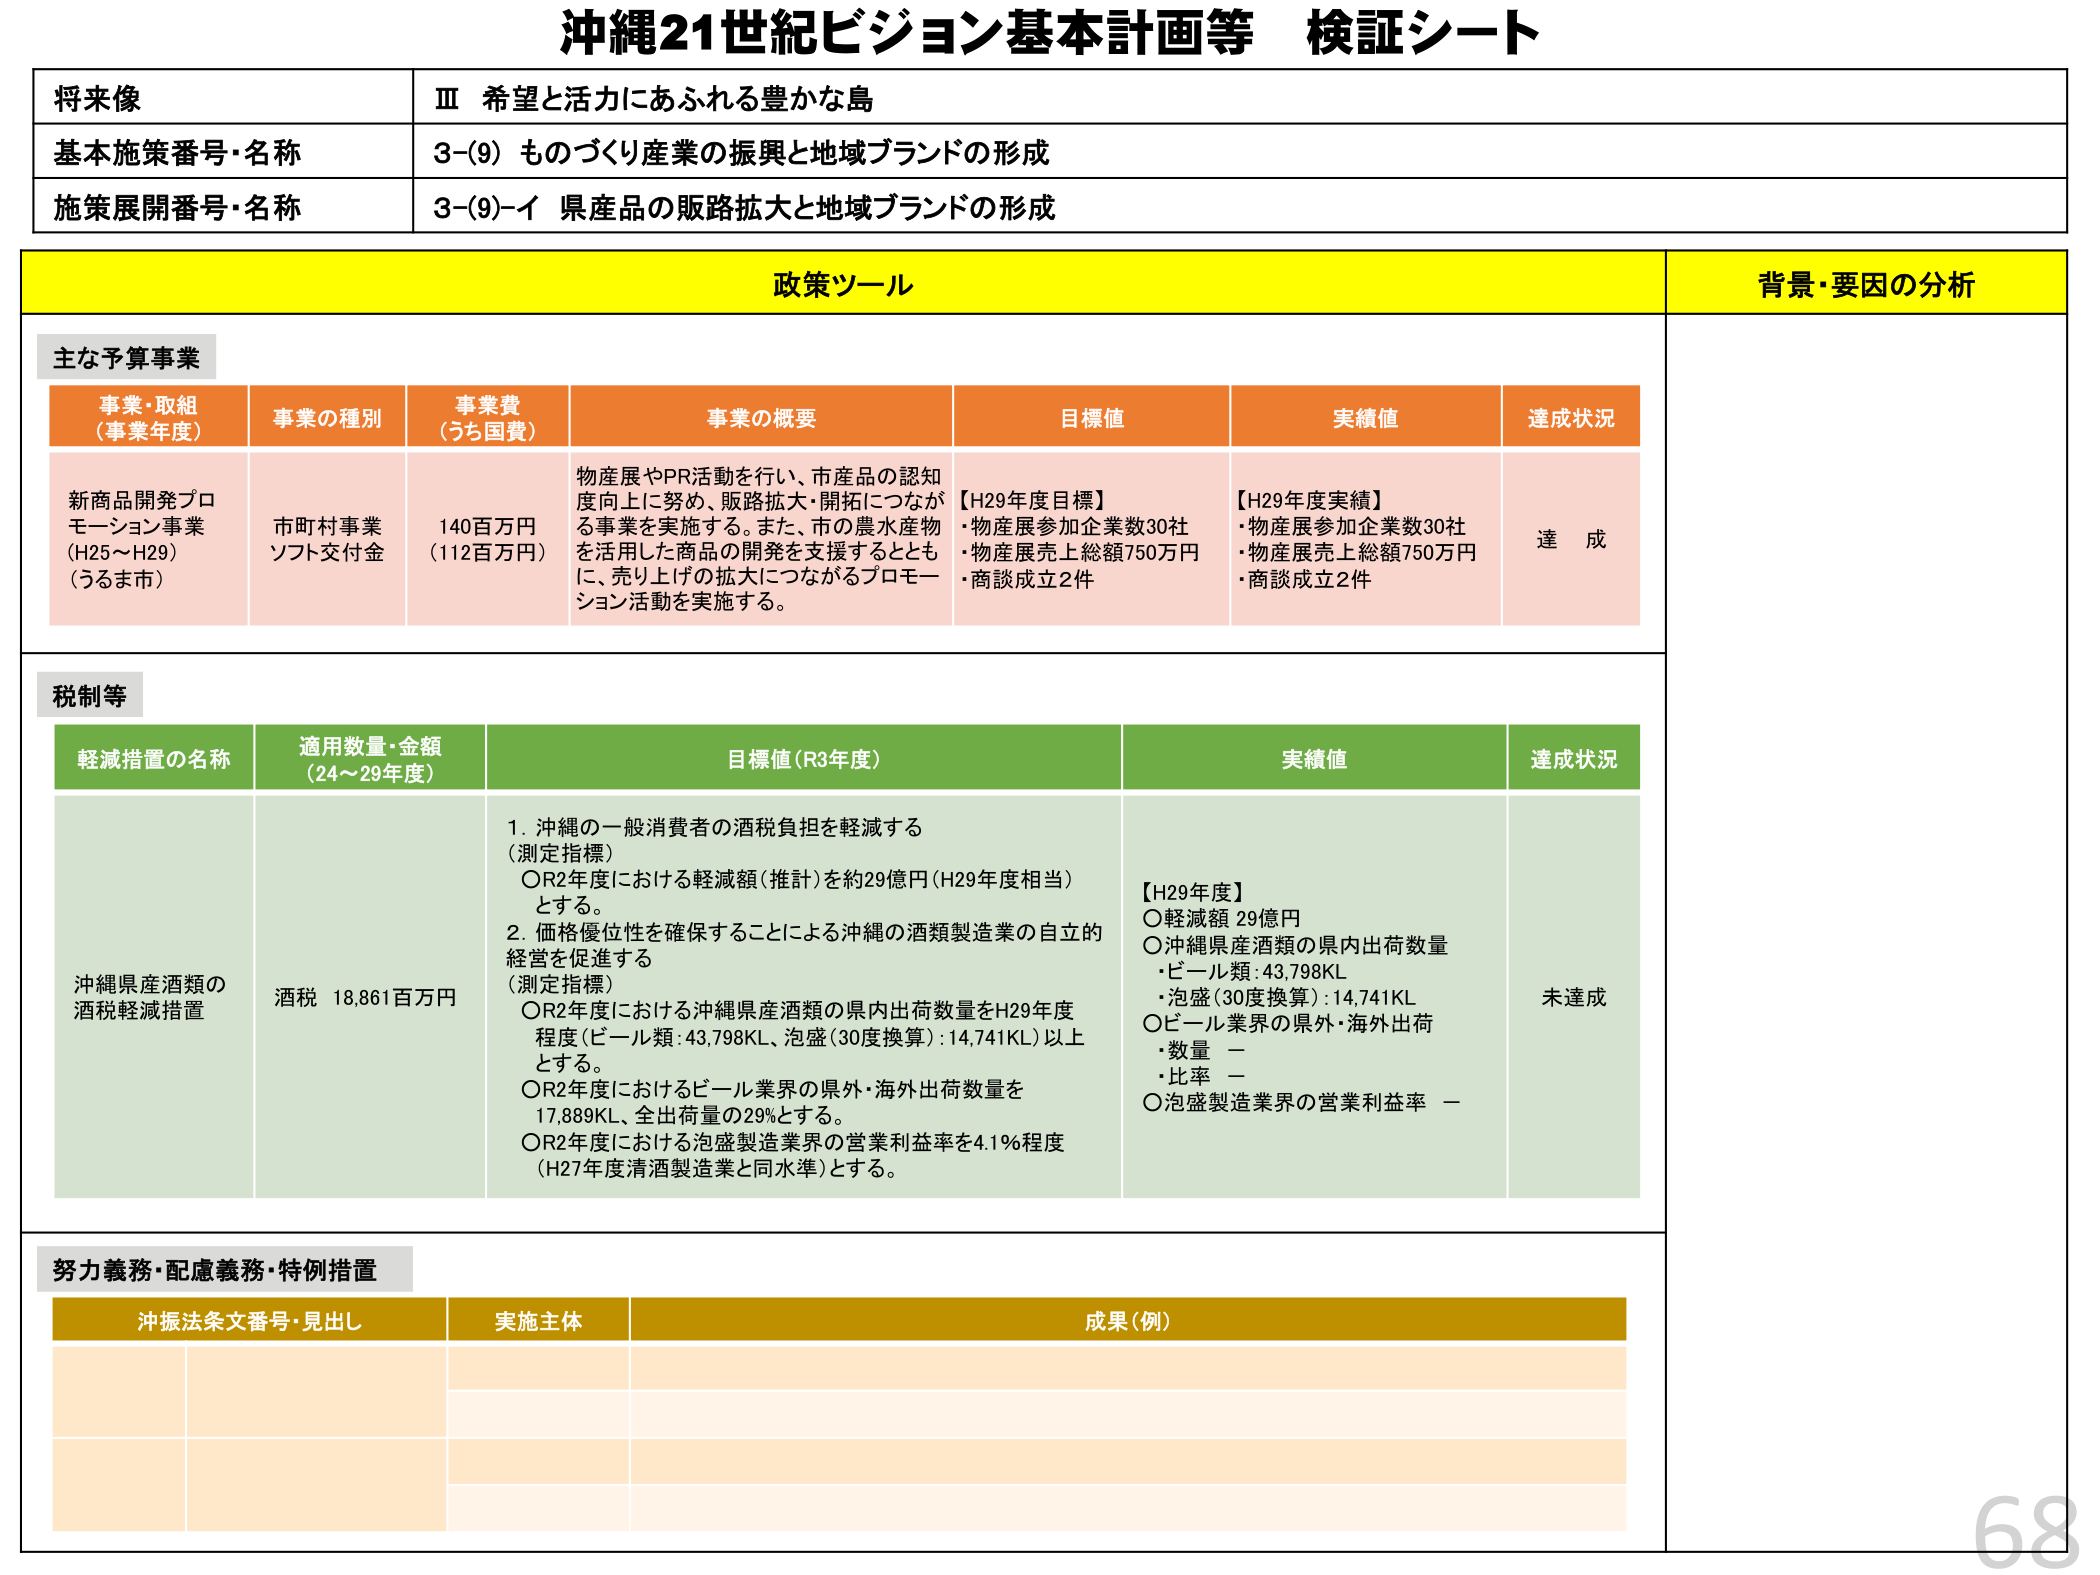
沖縄21世紀ビジョン基本計画等 検証シート

将来像
Ⅲ 希望と活力にあふれる豊かな島

基本施策番号・名称
3-(9) ものづくり産業の振興と地域ブランドの形成

施策展開番号・名称
3-(9)-イ 県産品の販路拡大と地域ブランドの形成

政策ツール
背景・要因の分析

主な予算事業

事業・取組
（事業年度）
事業の種別
事業費
（うち国費）
事業の概要
目標値
実績値
達成状況

新商品開発プロモーション事業
(H25～H29)
（うるま市）
市町村事業
ソフト交付金
140百万円
（112百万円）
物産展やPR活動を行い、市産品の認知度向上に努め、販路拡大・開拓につながる事業を実施する。また、市の農水産物を活用した商品の開発を支援するとともに、売り上げの拡大につながるプロモーション活動を実施する。
【H29年度目標】
・物産展参加企業数30社
・物産展売上総額750万円
・商談成立2件
【H29年度実績】
・物産展参加企業数30社
・物産展売上総額750万円
・商談成立2件
達成

税制等

軽減措置の名称
適用数量・金額
（24～29年度）
目標値(R3年度)
実績値
達成状況

沖縄県産酒類の酒税軽減措置
酒税 18,861百万円
1. 沖縄の一般消費者の酒税負担を軽減する
（測定指標）
〇R2年度における軽減額（推計）を約29億円（H29年度相当）とする。
2. 価格優位性を確保することによる沖縄の酒類製造業の自立的経営を促進する
（測定指標）
〇R2年度における沖縄県産酒類の県内出荷数量をH29年度程度（ビール類：43,798KL、泡盛（30度換算）：14,741KL）以上とする。
〇R2年度におけるビール業界の県外・海外出荷数量を17,889KL、全出荷量の29%とする。
〇R2年度における泡盛製造業界の営業利益率を4.1%程度（H27年度清酒製造業と同水準）とする。
【H29年度】
〇軽減額 29億円
〇沖縄県産酒類の県内出荷数量
・ビール類：43,798KL
・泡盛（30度換算）：14,741KL
〇ビール業界の県外・海外出荷
・数量 －
・比率 －
〇泡盛製造業界の営業利益率 －
未達成

努力義務・配慮義務・特例措置

沖振法条文番号・見出し
実施主体
成果（例）

68